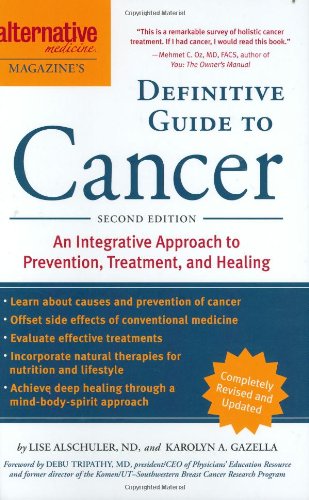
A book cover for Alternative Medicine Magazine's Definitive Guide to Cancer: An Integrated Approach to Prevention, Treatment, and Healing (Alternative Medicine Definative Guide); Cookbooks, Food & Wine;